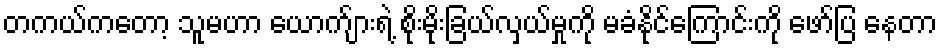
တကယ်ကတော့ သူမဟာ ယောက်ျားရဲ့ စိုးမိုးခြယ်လှယ်မှုကို မခံနိုင်ကြောင်းကို ဖော်ပြ နေတာ